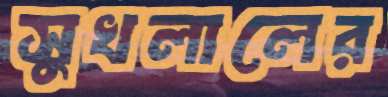
সুখলালের